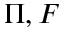
\Pi , F